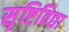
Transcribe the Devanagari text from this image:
सृष्टिविद्या